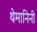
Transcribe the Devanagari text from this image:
थेमानिनी